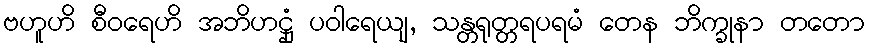
ဗဟူဟိ စီဝရေဟိ အဘိဟဋ္ဌုံ ပဝါရေယျ, သန္တရုတ္တရပရမံ တေန ဘိက္ခုနာ တတော